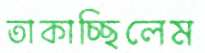
তাকাচ্ছিলেম